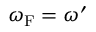
\omega _ { \mathrm { { F } } } = \omega ^ { \prime }